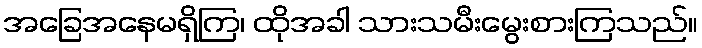
အခြေအနေမရှိကြ၊ ထိုအခါ သားသမီးမွေးစားကြသည်။